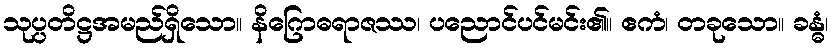
သုပ္ပတိဋ္ဌအမည်ရှိသော။ နိဂြောဓရာဇဿ၊ ပညောင်ပင်မင်း၏။ ဧကံ၊ တခုသော။ ခန္ဓံ၊